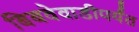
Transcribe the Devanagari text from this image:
बिबवेवाडीपर्यंत